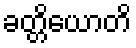
ခတ္တိယောတိ